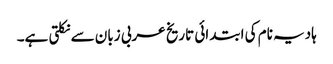
ہادیہ نام کی ابتدائی تاریخ عربی زبان سے نکلتی ہے۔